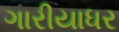
ગારીયાધર